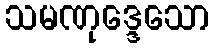
သမဏုဒ္ဒေသော